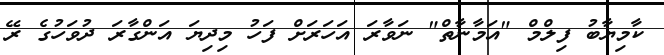
ކާމިޔާބު ފިލްމް "އަމާނާތް" ނަވާރަ އަހަރަށް ފަހު މިދިޔަ އަންގާރަ ދުވަހުގެ ރޭ